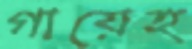
গায়েহ